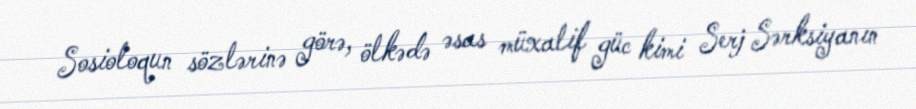
Sosioloqun sözlərinə görə, ölkədə əsas müxalif güc kimi Serj Sərksiyanın